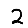
Digit: 2